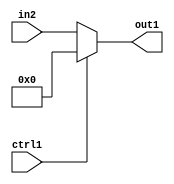
`timescale 1ps / 1ps
/*****************************************************************************
    Verilog RTL Description
    
    
    Created by: Stratus DpOpt 2019.1.01 
*******************************************************************************/

module GaussFilter_N_Mux_32_2_0_4 (
	in2,
	ctrl1,
	out1
	); /* architecture "behavioural" */ 
input [31:0] in2;
input  ctrl1;
output [31:0] out1;
wire [31:0] asc001;

reg [31:0] asc001_tmp_0;
assign asc001 = asc001_tmp_0;
always @ (ctrl1 or in2) begin
	case (ctrl1)
		1'B1 : asc001_tmp_0 = 32'B00000000000000000000000000000000 ;
		default : asc001_tmp_0 = in2 ;
	endcase
end

assign out1 = asc001;
endmodule

/* CADENCE  uLf4QwE= : u9/ySgnWtBlWxVPRXgAZ4Og= ** DO NOT EDIT THIS LINE ******/